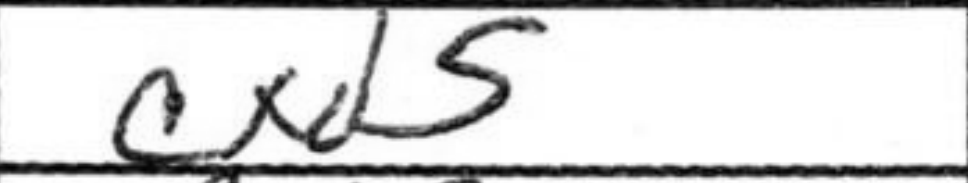
Transcription: cxd5